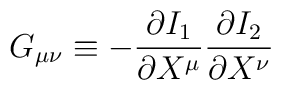
G_{\mu \nu} \equiv - \frac{\partial I_1}{\partial X^\mu}   \frac{\partial I_2}{\partial X^\nu}